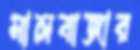
মালবাজার